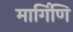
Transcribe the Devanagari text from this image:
मार्गिणि